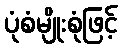
ပုံစံမျိုးစုံဖြင့်